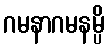
ဂမနာဂမနမ္ပိ